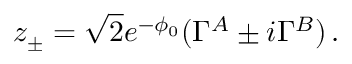
z _ { \pm } = \sqrt { 2 } e ^ { - \phi _ { 0 } } ( \Gamma ^ { A } \pm i \Gamma ^ { B } ) \, .